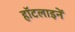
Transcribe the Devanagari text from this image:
हॉटलाइनें